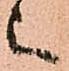
上